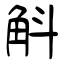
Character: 斛